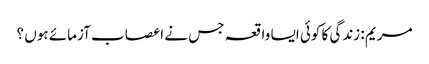
مریم : زندگی کا کوئی ایسا واقعہ جس نے اعصاب آزمائے ہوں ؟